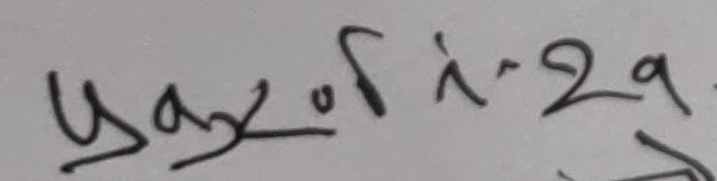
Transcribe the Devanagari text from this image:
प०२९.